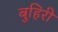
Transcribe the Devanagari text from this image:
बुहिरी